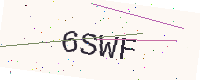
Text: 6SWF